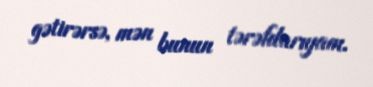
gətirərsə, mən bunun tərəfdarıyam.